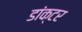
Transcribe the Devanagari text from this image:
डांक्टर